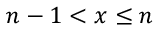
n - 1 < x \leq n